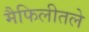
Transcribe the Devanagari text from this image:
मैफिलीतले